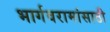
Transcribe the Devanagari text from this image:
भार्गवरामांसाठी